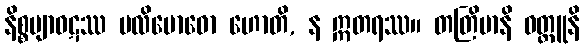
နိစ္စဗျာဝဋဿ ပလိဗောဓော ဟောတိ, န ဣတရဿ။ တတြိမာနိ ဝတ္ထူနိ